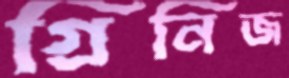
গ্রিনিজ